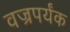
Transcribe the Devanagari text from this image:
वज्रपर्यंक